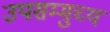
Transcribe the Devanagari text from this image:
उपसम्मुच्य